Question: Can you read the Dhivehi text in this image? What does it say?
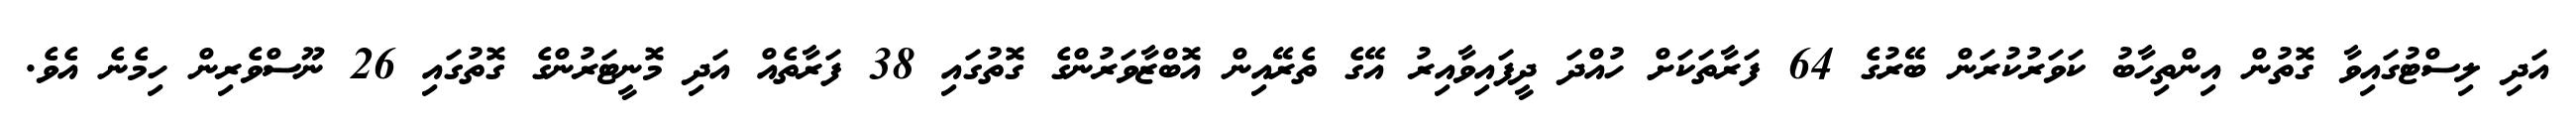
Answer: އަދި ލިސްޓުގައިވާ ގޮތުން އިންތިހާބު ކަވަރުކުރަން ބޭރުގެ 64 ފަރާތަކަށް ހުއްދަ ދީފައިވާއިރު އޭގެ ތެރޭއިން އޮބްޒާވަރުންގެ ގޮތުގައި 38 ފަރާތެއް އަދި މޮނީޓަރުންގެ ގޮތުގައި 26 ނޫސްވެރިން ހިމެނެ އެވެ.